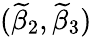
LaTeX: (\widetilde{\beta}_{2},\widetilde{\beta}_{3})